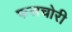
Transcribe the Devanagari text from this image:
फलचोरी